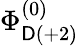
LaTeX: \Phi_{\mathsf{D}(+2)}^{(0)}